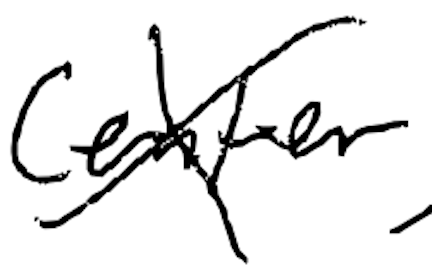
Text: center
Cross-out: cross
Writing tool: digital_black